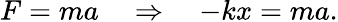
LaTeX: F=ma\quad\Rightarrow\quad-kx=ma.